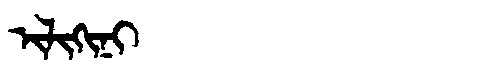
Manchu: ᡳᠯᡳᡴᡳᠨᡳ
Romanization: ILIKINI